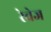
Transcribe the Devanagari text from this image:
रेवेज